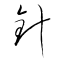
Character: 針